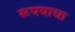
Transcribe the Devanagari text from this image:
रूपयाचा